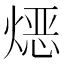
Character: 𱫯